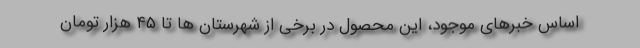
اساس خبرهای موجود، این محصول در برخی از شهرستان ها تا ۴۵ هزار تومان